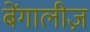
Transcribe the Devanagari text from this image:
बेंगालीज़